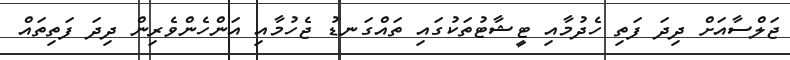
ޖަލްސާއަށް ދިދަ ފަތި ހެދުމާއި ޓީޝާޓުތަކުގައި ތައްގަނޑު ޖެހުމާއި އަންހެންވެރިން ދިދަ ފަތިތައް